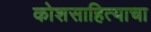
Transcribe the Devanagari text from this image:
कोशसाहित्याचा